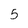
Character: 5